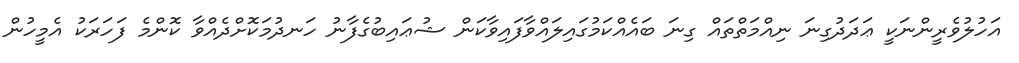
އަހުލުވެރީންނަކީ ޢަދަދުގިނަ ނިއްމަތްތައް ގިނަ ބައެއްކަމުގައިލައްވާފައިވާކަން ޝުޢައިބުގެފާނު ހަނދުމަކޮށްދެއްވާ ކޮންމެ ފަހަރަކު އެމީހުން